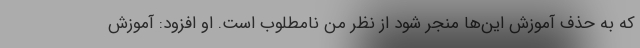
که به حذف آموزش این‌ها منجر شود از نظر من نامطلوب است. او افزود: آموزش